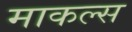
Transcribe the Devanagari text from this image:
माकल्स